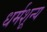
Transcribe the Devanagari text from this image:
धर्मशून्य